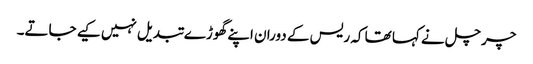
چرچل نے کہا تھا کہ ریس کے دوران اپنے گھوڑے تبدیل نہیں کیے جاتے۔